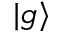
| g \rangle